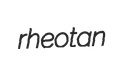
rheotan